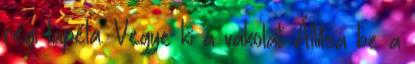
régi tapéta. Vegye ki a vakolat. Állítsa be a